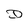
Character: D